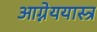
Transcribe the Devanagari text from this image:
आग्नेययास्त्र